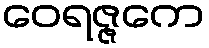
ဝေရဇ္ဇကေ